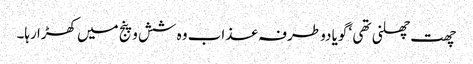
چھت چھلنی تھی ‘ گویا دو طرفہ عذاب وہ شش و پنج میں کھڑا رہا۔